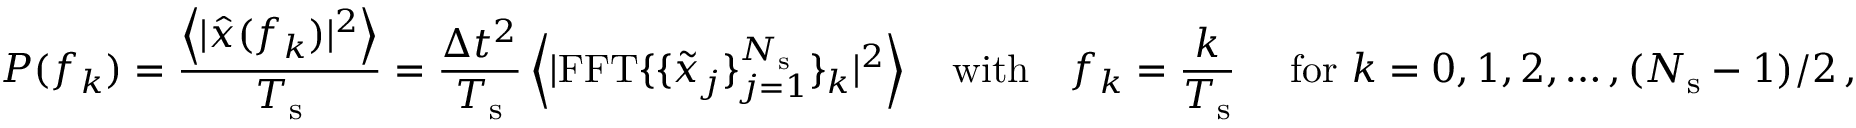
P ( f _ { k } ) = \frac { \left< | \hat { x } ( f _ { k } ) | ^ { 2 } \right> } { T _ { \mathrm { s } } } = \frac { \Delta t ^ { 2 } } { T _ { \mathrm { s } } } \left< | \mathrm { F F T } \{ \{ \tilde { x } _ { j } \} _ { j = 1 } ^ { N _ { \mathrm { s } } } \} _ { k } | ^ { 2 } \right> \ \ \ \mathrm { w i t h } \ \ \ f _ { k } = \frac { k } { T _ { \mathrm { s } } } \ \ \ \ \mathrm { f o r } \ k = 0 , 1 , 2 , \ldots , ( N _ { \mathrm { s } } - 1 ) / 2 \, ,